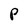
Character: P